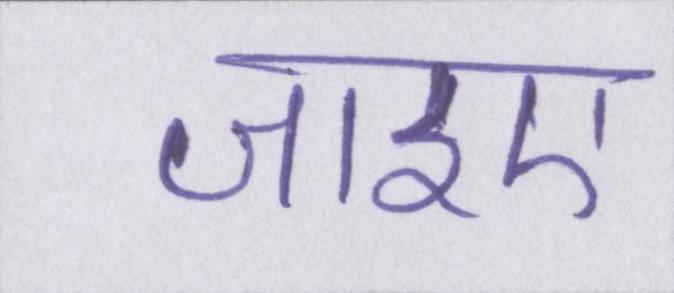
जाइए